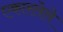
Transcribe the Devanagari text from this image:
एकारलेले